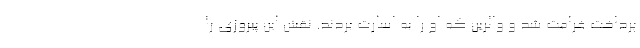
پرداخت غرامت شد و والرین که او را به اسارت بردند. نقش این پیروزی را